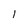
Character: 1